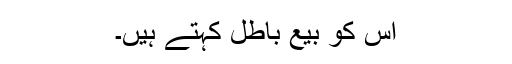
اس کو بیع باطل کہتے ہیں۔